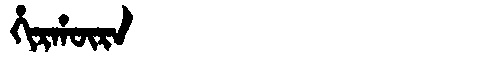
Manchu: ᡥᡳᡵᡥᡡᡵᠠ
Romanization: HIRHŪRA